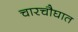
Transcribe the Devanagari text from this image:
चारचौघात